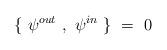
LaTeX: \begin{align*}\{~\psi^{out}~,~\psi^{in}~\}~=~0 ~\end{align*}